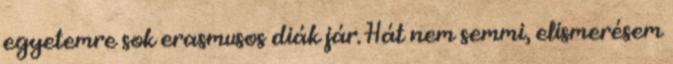
egyetemre sok erasmusos diák jár. Hát nem semmi, elismerésem